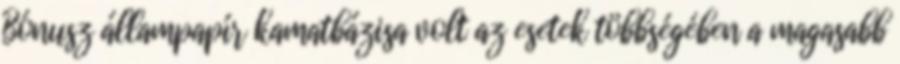
Bónusz állampapír kamatbázisa volt az esetek többségében a magasabb